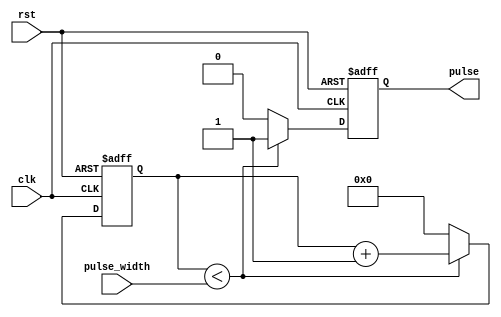
module VariablePulseWidthGenerator (
    input wire clk,
    input wire rst,
    input wire [7:0] pulse_width,
    output reg pulse
);

reg [7:0] count;

always @(posedge clk or posedge rst) begin
    if (rst) begin
        count <= 0;
        pulse <= 0;
    end else begin
        if (count < pulse_width) begin
            count <= count + 1;
            pulse <= 1;
        end else begin
            count <= 0;
            pulse <= 0;
        end
    end
end

endmodule